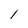
Character: l